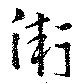
衛